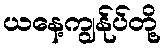
ယနေ့ကျွန်ုပ်တို့